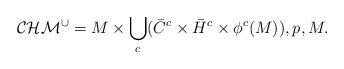
LaTeX: \begin{align*}\mathcal{CHM}^{\cup}=M\times \bigcup_{c}(\bar{C}^{c}\times\bar{H}^{c}\times \phi^{c}(M)),p,M.\end{align*}